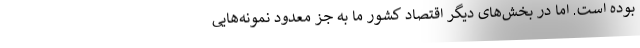
بوده است. اما در بخش‌های دیگر اقتصاد کشور ما به جز معدود نمونه‌هایی